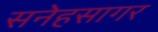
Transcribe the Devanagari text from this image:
सनेहसागर